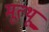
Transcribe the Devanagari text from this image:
मूत्थू